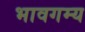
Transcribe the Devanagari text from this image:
भावगम्य